画像に写った文字を読んでください
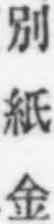
「別紙金」と書いてあります